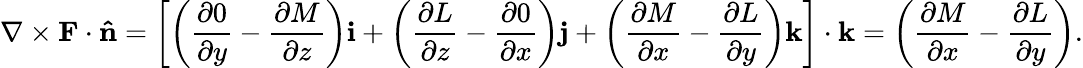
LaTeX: \nabla\times\mathbf{F}\cdot\mathbf{\hat{n}}=\left[\left({\frac{\partial 0}{\partial y}}-{\frac{\partial M}{\partial z}}\right)\mathbf{i}+\left({\frac{\partial L}{\partial z}}-{\frac{\partial 0}{\partial x}}\right)\mathbf{j}+\left({\frac{\partial M}{\partial x}}-{\frac{\partial L}{\partial y}}\right)\mathbf{k}\right]\cdot\mathbf{k}=\left({\frac{\partial M}{\partial x}}-{\frac{\partial L}{\partial y}}\right).